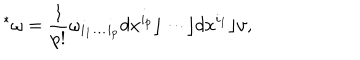
LaTeX: { } ^ { * } \omega = { \frac { 1 } { p ! } } \omega _ { i _ { 1 } \ldots i _ { p } } d x ^ { i _ { p } } \rfloor \cdots \rfloor d x ^ { i _ { 1 } } \rfloor \upsilon ,